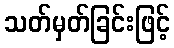
သတ်မှတ်ခြင်းဖြင့်